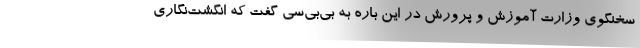
سخنگوی وزارت آموزش و پرورش در این باره به بی‌بی‌سی گفت که انگشت‌نگاری